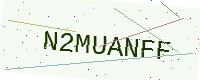
Text: N2MUANFF